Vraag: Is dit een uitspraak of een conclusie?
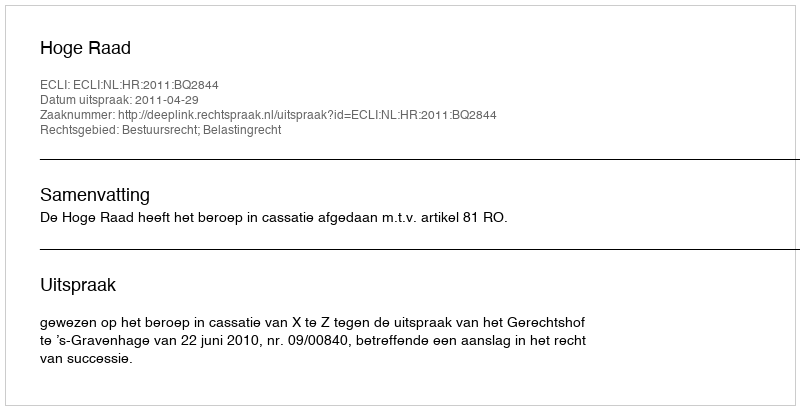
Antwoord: Uitspraak